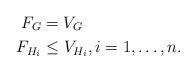
LaTeX: \begin{align*}F_G & = V_G \\F_{H_i} & \leq V_{H_i}, i=1,\ldots ,n.\end{align*}